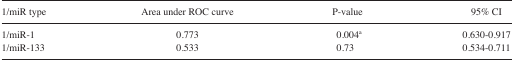
<table><thead><tr><td><b>1/miR type</b></td><td><b>Area under ROC curve</b></td><td><b>P-value</b></td><td><b>95% CI</b></td></tr></thead><tbody><tr><td>1/miR-1</td><td>0.773</td><td>0.004a</td><td>0.630–0.917</td></tr><tr><td>1/miR-133</td><td>0.533</td><td>0.73</td><td>0.534–0.711</td></tr></tbody></table>